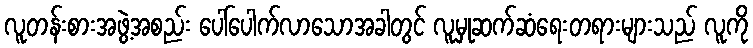
လူတန်းစားအဖွဲ့အစည်း ပေါ်ပေါက်လာသောအခါတွင် လူမှုဆက်ဆံရေးတရားများသည် လူကို